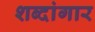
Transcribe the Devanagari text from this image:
शब्दांगार